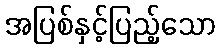
အပြစ်နှင့်ပြည့်သော